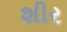
શીર